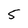
Character: 5